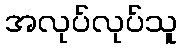
အလုပ်လုပ်သူ